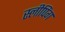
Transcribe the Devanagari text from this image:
स्‍लीपिंग